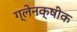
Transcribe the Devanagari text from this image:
ग्लेनक्षीक